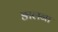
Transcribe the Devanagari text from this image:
ङालना